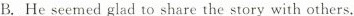
B.He seemed glad to share the story with others.